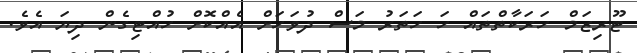
ޓޫރިޒަމް ހަރަކާތްތައް ހަ ހަތަރު މަސް ދުވަހަށް އެއްކޮށް ހުއްޓިގެން ދިޔަ އެވެ.